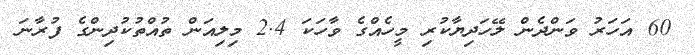
60 އަހަރު ވަންދެން ލޭހަދިޔާކުރި މީހެއްގެ ވާހަކަ 2.4 މިލިއަން ތުއްތުކުދިންގެ ފުރާނަ